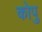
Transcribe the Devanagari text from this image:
कोपु